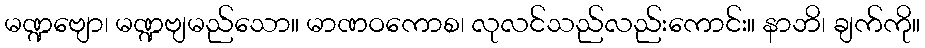
မဏ္ဍဗျော၊ မဏ္ဍဗျမည်သော။ မာဏဝကောစ၊ လုလင်သည်လည်းကောင်း။ နာဘိ၊ ချက်ကို။